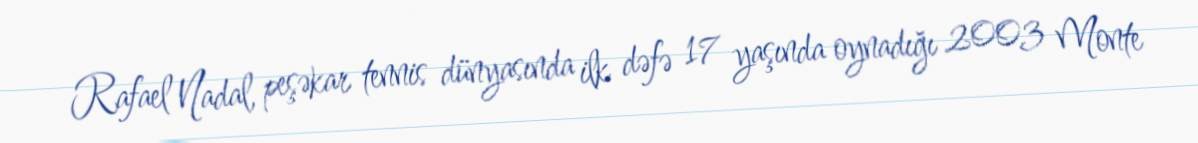
Rafael Nadal, peşəkar tennis dünyasında ilk dəfə 17 yaşında oynadığı 2003 Monte